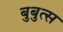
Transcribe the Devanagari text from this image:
बुबुत्स